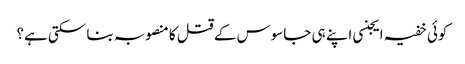
کوئی خفیہ ایجنسی اپنے ہی جاسوس کے قتل کا منصوبہ بنا سکتی ہے؟